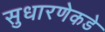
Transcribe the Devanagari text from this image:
सुधारणेकडे